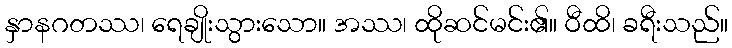
နှာနဂတဿ၊ ရေချိုးသွားသော။ အဿ၊ ထိုဆင်မင်း၏။ ဝီထိ၊ ခရီးသည်။